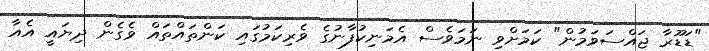
"ޑަޑޫރާ ޖައްސަވަމުން" ކަމަށްވި ނަމަވެސް އެމަނިކުފާނުގެ ވެރިކަމުގައި ކަންތައްތައް ވެގެން ދިޔައީ އެއާ